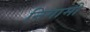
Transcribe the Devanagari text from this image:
निगामी